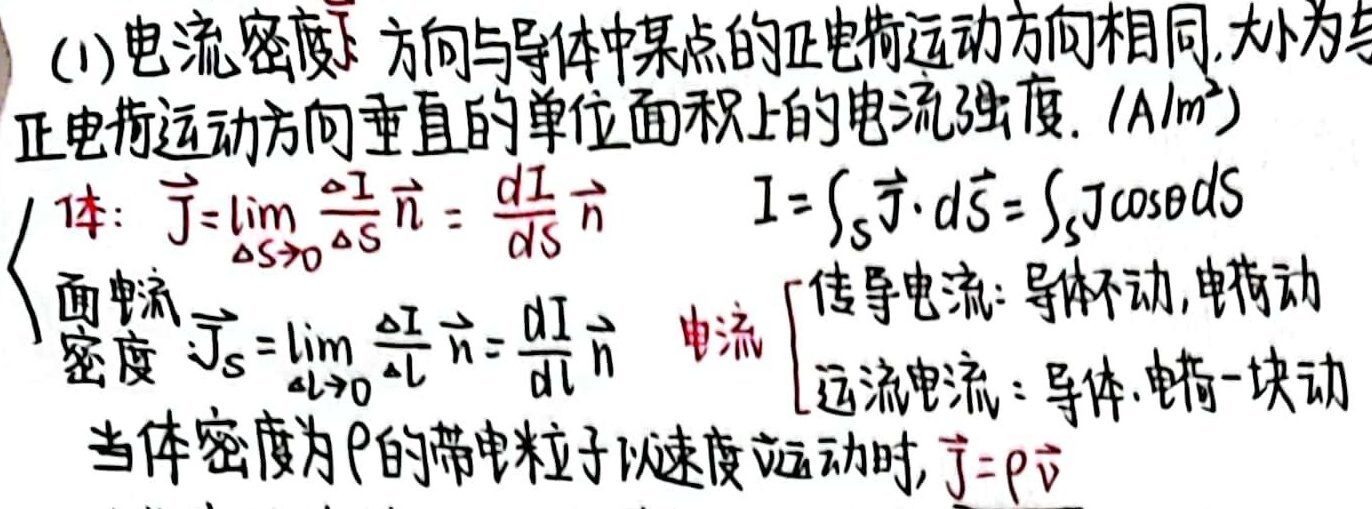
(1) 电流密度$\vec{J}$方向与导体中某点的正电荷运动方向相同，大小为与正电荷运动方向垂直的单位面积上的电流强度. ($\mathrm{A}/\mathrm{m}^2$)
体：$\vec{J}=\lim_{\Delta S \to 0} \frac{\Delta I}{\Delta S} \vec{n}=\frac{dI}{dS} \vec{n}$，$I = \int_{S} \vec{J} \cdot d\vec{S}=\int_{S} J \cos\theta dS$
面电流密度$\vec{J}_{S}=\lim_{\Delta L \to 0} \frac{\Delta I}{\Delta L} \vec{n}=\frac{dI}{dL} \vec{n}$
电流 $\begin{cases} \text{传导电流：导体不动，电荷动} \\ \text{运流电流：导体、电荷一块动} \end{cases}$
当体密度为$\rho$的带电粒子以速度$\vec{v}$运动时，$\vec{J}=\rho \vec{v}$